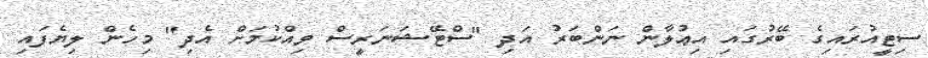
ސިޓީއުރައިގެ ބޭރުގައި އިޢުލާން ނަންބަރު އަދި "ސްޓޭޝަނަރީސް ވިއްކުމަށް އެދި" މިހެން ލިޔެފައި